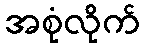
အစုံလိုက်